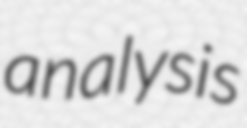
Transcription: analysis